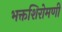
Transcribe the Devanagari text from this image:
भक्तशिरोमणी